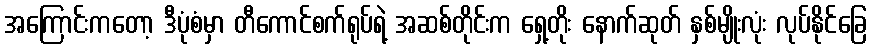
အကြောင်းကတော့ ဒီပုံစံမှာ တီကောင်စက်ရုပ်ရဲ့ အဆစ်တိုင်းက ရှေ့တိုး နောက်ဆုတ် နှစ်မျိုးလုံး လုပ်နိုင်ခြေ